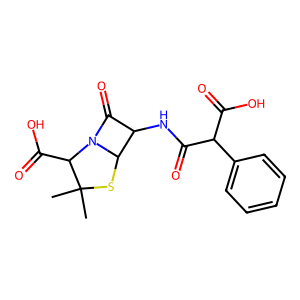
SMILES: CC1(C)SC2C(NC(=O)C(C(=O)O)c3ccccc3)C(=O)N2C1C(=O)O
Inhibits HIV replication: No